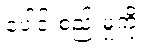
ပေါင်းစည်းမှုကို